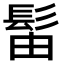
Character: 𫘼